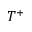
T ^ { + }